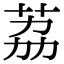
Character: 荔